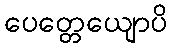
ပေတ္တေယျောပိ